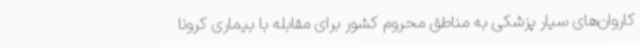
کاروان‌های سیار پزشکی به مناطق محروم کشور برای مقابله با بیماری کرونا